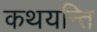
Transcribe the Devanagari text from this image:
कथयन्ति